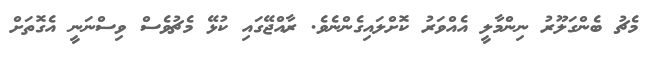
މެޗު ބެންގަލޫރު ނިންމާލީ އެއްވަރު ކޮށްލައިގެންނެވެ. ރާއްޖޭގައި ކުޅޭ މެޗުވެސް ވިސްނަނީ އެގޮތަށް